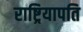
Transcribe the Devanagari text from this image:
राष्ट्रियापति